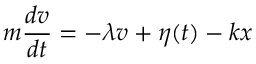
m { \frac { d v } { d t } } = - \lambda v + \eta ( t ) - k x